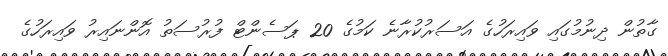
ގާތުން ދިނުމުގައި ވައިރަހުގެ އަސަރުކުރާނެ ކަމުގެ 20 ޕަސެންޓް ފުރުސަތު އޮންނައިރު ވައިރަހުގެ